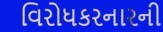
વિરોધકરનારની